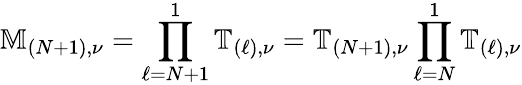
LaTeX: \mathbb{M}_{(N+1),\nu}=\prod_{\ell=N+1}^{1}\mathbb{T}_{(\ell),\nu}=\mathbb{T}_{(N+1),\nu}\prod_{\ell=N}^{1}\mathbb{T}_{(\ell),\nu}